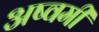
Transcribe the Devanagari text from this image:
अष्वमी